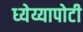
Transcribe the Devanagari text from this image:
ध्‍येय्यापोटी